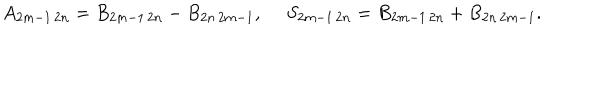
A _ { 2 m - 1 \, 2 n } = B _ { 2 m - 1 \, 2 n } - B _ { 2 n \, 2 m - 1 } , ~ ~ S _ { 2 m - 1 \, 2 n } = B _ { 2 m - 1 \, 2 n } + B _ { 2 n \, 2 m - 1 } .